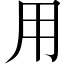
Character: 用